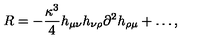
R = - \frac { \kappa ^ { 3 } } 4 h _ { \mu \nu } h _ { \nu \rho } \partial ^ { 2 } h _ { \rho \mu } + \ldots ,